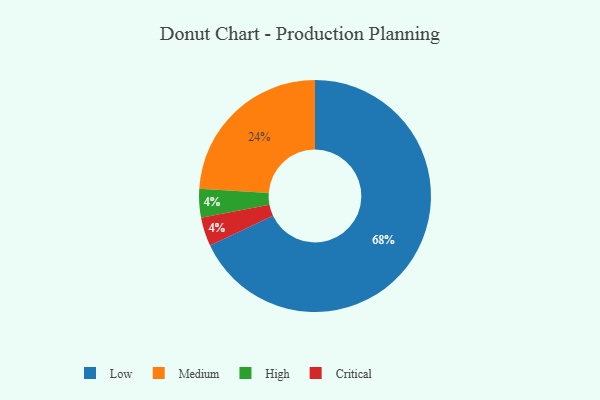
{"axis": {"x": "Category", "y": "Percentage"}, "legend": ["Critical", "High", "Low", "Medium"], "data": [{"x": "High", "y": 4, "type": "High"}, {"x": "Medium", "y": 24, "type": "Medium"}, {"x": "Critical", "y": 4, "type": "Critical"}, {"x": "Low", "y": 68, "type": "Low"}]}